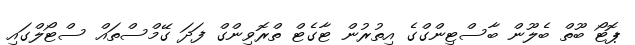
ޕޮޓޯ ބޫތް ބެލޫން ބާސްޓިންގްގެ އިތުރުން ޓާގެޓް ތްރޮވިންގް ފަދަ ގޭމްސްތައް ސްޓޯލްގައި